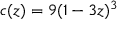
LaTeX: c ( z ) = 9 ( 1 - 3 z ) ^ { 3 }